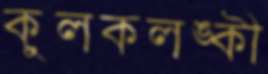
কুলকলঙ্কী